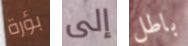
بؤرة إلى باطل